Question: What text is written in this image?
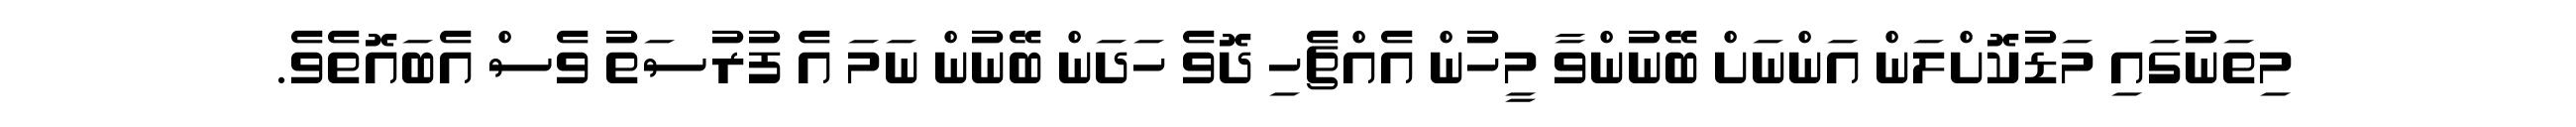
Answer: މިތަނުގައި މަޑުކޮށްލަން އަންނަށް ބޭނުންވާ މީހުން އެއްޗެހި ދޮވެ ހަދަން ބޭނުން ނަމަ އެ ފުރުސަތު ވެސް އެބައޮތެވެ.